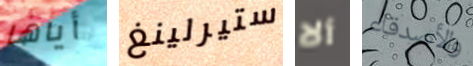
أياها ستيرلينغ ألا والأصدقاء